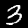
Label: 3